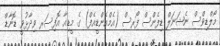
މޯލްޑިވްސް ނެޝަނަލް ޑިފެންސް ފޯރސް (އެމްއެންޑީއެފް) ގެ މީޑިއާ އޮފިސަރ ވިދާޅުވީ ޑޮނާޑް